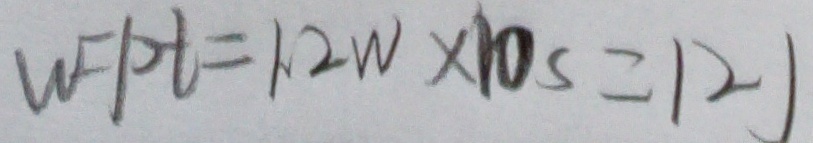
W P t = 1 . 2 W \times 1 0 s = 1 2 J